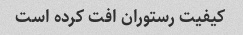
کیفیت رستوران افت کرده است